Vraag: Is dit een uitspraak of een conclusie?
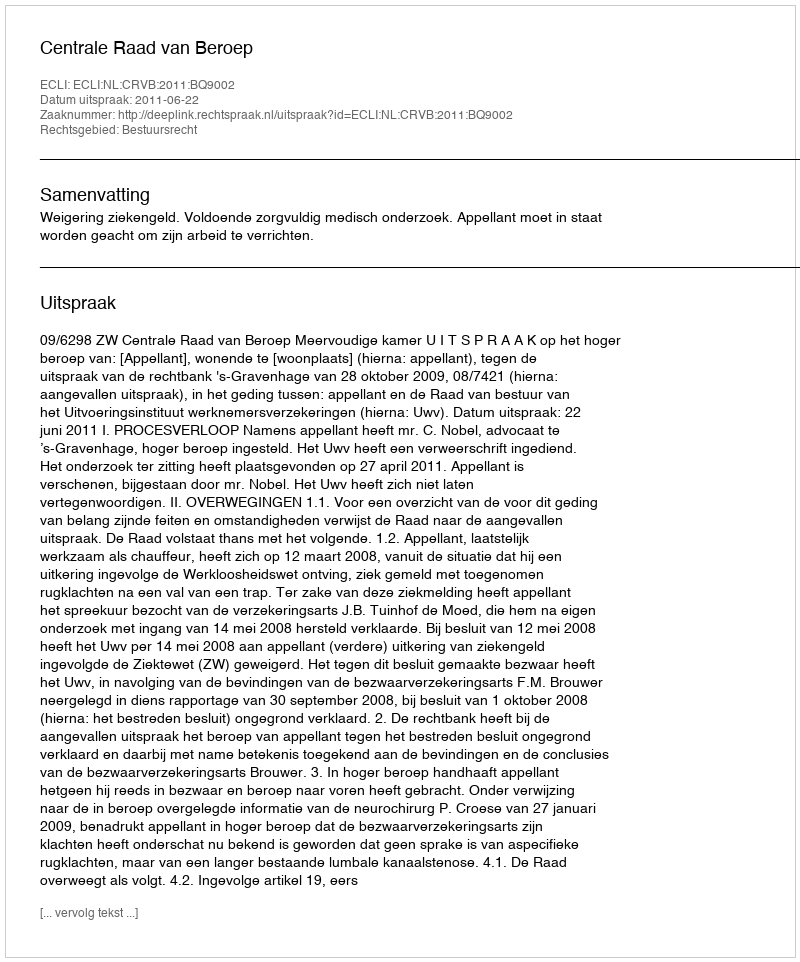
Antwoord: Uitspraak